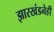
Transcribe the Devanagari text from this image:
झारखंडनेही